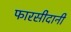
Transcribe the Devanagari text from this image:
फारसीदानी